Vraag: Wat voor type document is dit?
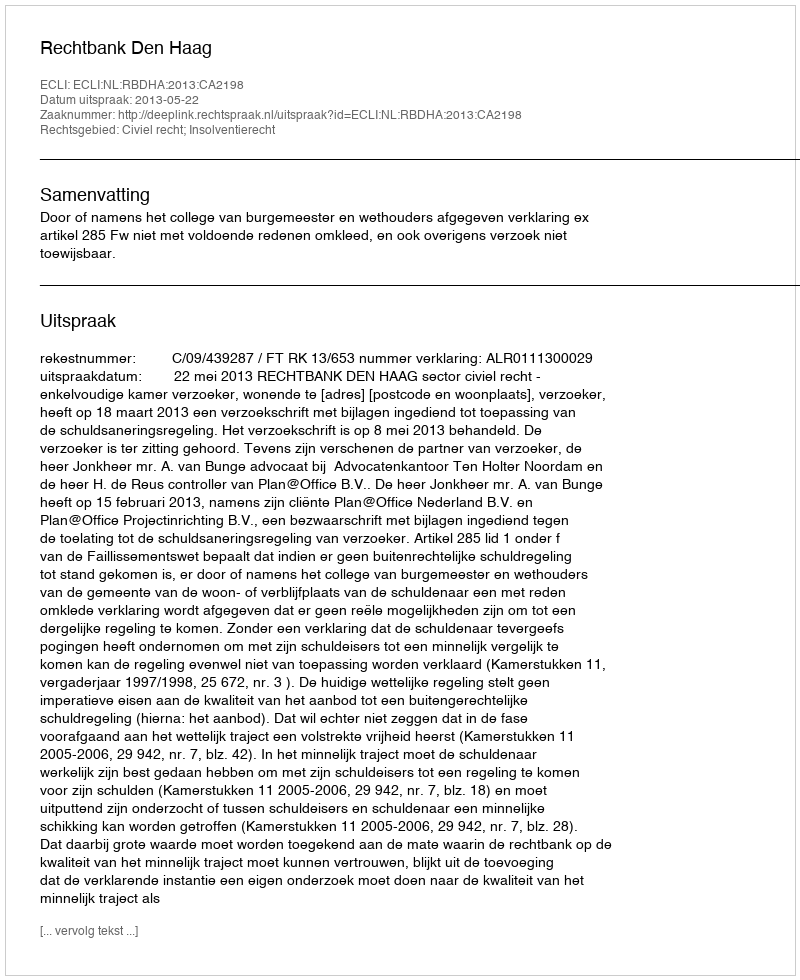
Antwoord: Uitspraak